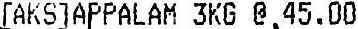
[AKS]APPALAM 3KG @ 45.00